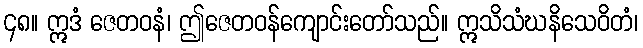
၄၈။ ဣဒံ ဇေတဝနံ၊ ဤဇေတဝန်ကျောင်းတော်သည်။ ဣသိသံဃနိသေဝိတံ၊